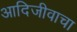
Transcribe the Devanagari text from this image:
आदिजीवाचा